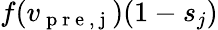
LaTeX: f(v_{\mathrm{~p~r~e~,~j~}})(1-s_{j})